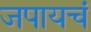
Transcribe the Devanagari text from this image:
जपायचं